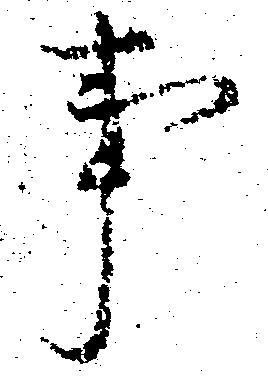
事